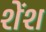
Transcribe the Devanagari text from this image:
शेंश